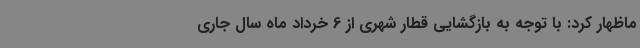
ماظهار کرد: با توجه به بازگشایی قطار شهری از 6 خرداد ماه سال جاری